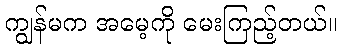
ကျွန်မက အမေ့ကို မေးကြည့်တယ်။